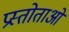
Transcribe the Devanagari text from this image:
प्रस्तोताओं